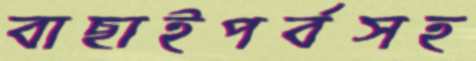
বাছাইপর্বসহ